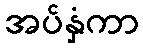
အပ်နှံကာ